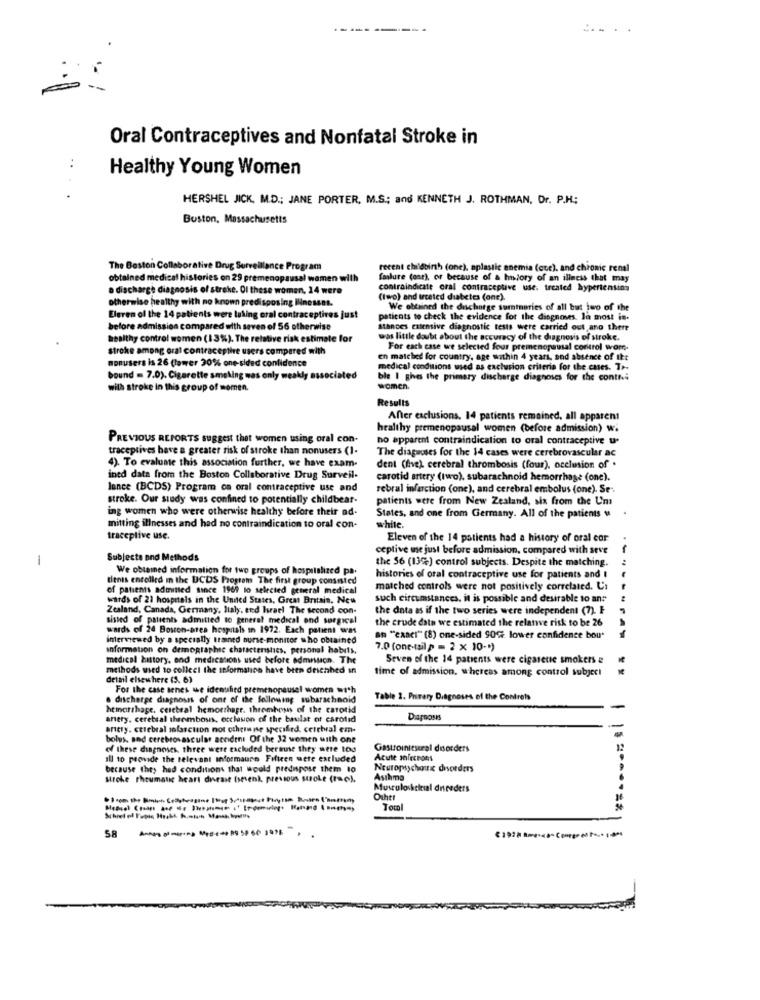
Oral Contraceptives and Nonfatal Stroke in
Healthy Young Women
HERSHEL JICK, M.D .; JANE PORTER, M.S .; and KENNETH J. ROTHMAN, Dr. P.H;
Boston, Massachusetts
The Beston Collaborative Drug Surveillance Program
recent childbirth (one), aplastic anemia (ccc), and chronic renal
obtained medical histories on 29 premenopausal women with
(mlure (one), or because of a holory of an illness that may
o discharge diagnosis of stroke. Of these women, 14 were
contraindicate oral contraceptive use. treated hypertension
otherwise healthy with no known predisposing Illnesses.
(two) and urceted diabetes (one).
We obtained the discharge summaries of all but two of the
Eleven of the 14 patients were taking oral contraceptives just
patients to check the evidence for the diagnoses. la most is.
before admission compared with seven of 56 otherwise
stances extensive diagnostic tests were carried out ano there
healthy control women (13%%). The relative risk estimate for
was little doubt about the accuracy of the diagnosis of stroke.
stroke among oral contraceptive users compared with
For each case we selected four premenopausal control worr.
nonusers is 26 (lower 30% one-sided confidence
en matched for country, age within 4 years, and absence of Ikt
medical conditions used as exclusion criteria for the cases. T .-
bound = 7.0). Cigarette smoking was only weakly associated
ble I gives the primary discharge diagnoses for the contes
with stroke in this group of momen.
women.
Results
After exclusions. 14 patients remained, all apparent
healthy premenopausal women (before admission) w.
PREVIOUS REPORTS suggest that women using oral con-
no apparent contraindication to oral contraceptive u-
traceptives have a greater risk of stroke than nonusers (1-
The diagnoses for the 14 cases were cerebrovascular ac
4). To evaluate this association further, we have exam-
dent (live) cerebral thrombosis (four), occlusion of .
ined data from the Boston Collaborative Drug Surveil.
carotid artery (two). subarachnoid hemorrhage (one).
lance (BCDS) Program on oral contraceptive use and
rebral infarction (one), and cerebral embolus (one). Se".
stroke. Our study was confined to potentially childbear-
patients were from New Zealand, six from the Um
ing women who were otherwise healthy before their ad-
States, and one from Germany. All of the patients u .
mitting illnesses and had no contraindication to oral con-
white.
traceptive use.
Eleven of the 14 patients had a history of oral cor
ceptive me just before admission, compared with seve
-
Subjects and Methods
the 56 (13%) control subjects. Despite the matching.
We obtained information for two groups of hospitalized pa.
tienes enrolled in the BCDS Program The first group consisted
histories of oral contraceptive use for patients and I
of patients admitted since 1969 lo selected general medical
matched controls were not positively correlated. L'a
wards of 21 hospitals in the United States, Great Britain, New
such circumstances. it is possible and desirable to an:
Zealand, Canada, Germany, Italy, end hrael The second con-
the data as if the two series were independent (7).
sisted of patients admitted to general medical and surgical
the crude date we estimated the relative risk to be 26
wards of 24 Boston-area hospitals In 1972. Each patient was
interviewed by a specially trained nurse-monitor who obrained
an "exaCI" (8) one-sided 90% lower confidence bou
Information on demographic characterstics, personal habits,
7.0 (one-tail p = 2 × 10 -* )
medical history, and medications used before admnuca. The
Seven of the 14 patients were cigarette smokers &
methods wied to collect the seformation have been deichhed in
time of admission, whereas among control subject
detail elsewhere (5. 6)
For the case senes we idenuhed premenopeusel women with
. discharge diagnosis of one of the following subarachnoid
Table 2. Privery Diagnoses of the Contrets
hematthage, ceretsal hemorrhage. thromhesns of the carotid
anery. cerebral theemboss, ecclason of the baulat of carotid
Diagnosis
anety. cerebral solarction not otherwise specified. ceretwal em-
bolus, and cerebrovascular accident Of the 32 women with one
of these diagnoses, three were eachided beraune they were too
Gastroinitural disorders
all to provide the relevant informaure Fifteen mete excluded
Acute mh/rcPots
because they hed conditions that would predipose them to
Neuropsychaux disorders
stroke rheumatic heart disease (seven), previous stroke (re).
Asthma
Musculoskelial direders
Ohhtt
Toral
58
Annons · -·** **= +++ 89 58 60 3996